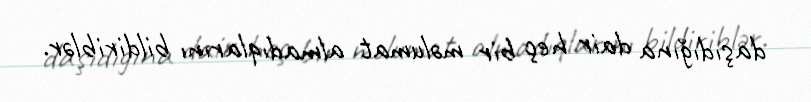
daşıdığına dair heç bir məlumat almadıqlarını bildiriblər.